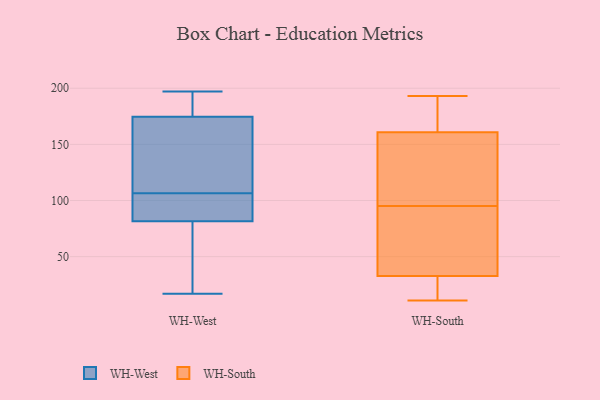
{"axis": {"x": "Bounce Rate (%)", "y": "Value"}, "legend": ["WH-South", "WH-West"], "data": [{"x": "", "y": 17, "type": "WH-West"}, {"x": "", "y": 186, "type": "WH-West"}, {"x": "", "y": 70, "type": "WH-West"}, {"x": "", "y": 177, "type": "WH-West"}, {"x": "", "y": 172, "type": "WH-West"}, {"x": "", "y": 86, "type": "WH-West"}, {"x": "", "y": 104, "type": "WH-West"}, {"x": "", "y": 96, "type": "WH-West"}, {"x": "", "y": 39, "type": "WH-West"}, {"x": "", "y": 85, "type": "WH-West"}, {"x": "", "y": 197, "type": "WH-West"}, {"x": "", "y": 109, "type": "WH-West"}, {"x": "", "y": 162, "type": "WH-West"}, {"x": "", "y": 177, "type": "WH-West"}, {"x": "", "y": 169, "type": "WH-West"}, {"x": "", "y": 78, "type": "WH-West"}, {"x": "", "y": 157, "type": "WH-South"}, {"x": "", "y": 15, "type": "WH-South"}, {"x": "", "y": 95, "type": "WH-South"}, {"x": "", "y": 11, "type": "WH-South"}, {"x": "", "y": 19, "type": "WH-South"}, {"x": "", "y": 162, "type": "WH-South"}, {"x": "", "y": 35, "type": "WH-South"}, {"x": "", "y": 193, "type": "WH-South"}, {"x": "", "y": 71, "type": "WH-South"}, {"x": "", "y": 120, "type": "WH-South"}, {"x": "", "y": 163, "type": "WH-South"}, {"x": "", "y": 136, "type": "WH-South"}, {"x": "", "y": 187, "type": "WH-South"}, {"x": "", "y": 78, "type": "WH-South"}, {"x": "", "y": 32, "type": "WH-South"}]}